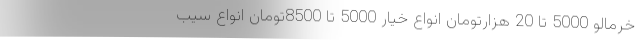
خرمالو 5000 تا 20 هزارتومان انواع خیار 5000 تا 8500تومان انواع سیب